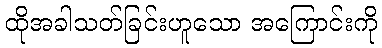
ထိုအခါသတ်ခြင်းဟူသော အကြောင်းကို